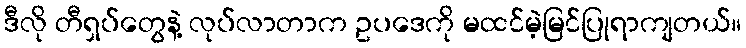
ဒီလို တီရှပ်တွေနဲ့ လုပ်လာတာက ဥပဒေကို မထင်မဲ့မြင်ပြုရာကျတယ်။